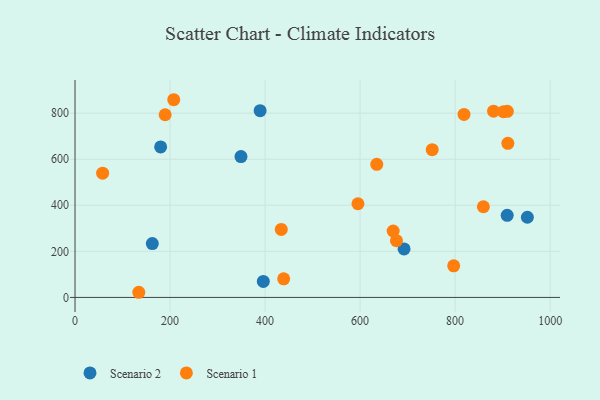
{"axis": {"x": "Study Hours", "y": "Exam Score"}, "legend": ["Scenario 1", "Scenario 2"], "data": [{"x": "180.2", "y": 653.6, "type": "Scenario 2"}, {"x": "349.3", "y": 611.6, "type": "Scenario 2"}, {"x": "692.6", "y": 210.5, "type": "Scenario 2"}, {"x": "952.1", "y": 348.2, "type": "Scenario 2"}, {"x": "389.6", "y": 810.7, "type": "Scenario 2"}, {"x": "909.6", "y": 356.6, "type": "Scenario 2"}, {"x": "162.7", "y": 234.0, "type": "Scenario 2"}, {"x": "396.3", "y": 69.4, "type": "Scenario 2"}, {"x": "881.0", "y": 808.5, "type": "Scenario 1"}, {"x": "901.8", "y": 806.1, "type": "Scenario 1"}, {"x": "859.5", "y": 393.7, "type": "Scenario 1"}, {"x": "797.0", "y": 137.2, "type": "Scenario 1"}, {"x": "595.5", "y": 406.7, "type": "Scenario 1"}, {"x": "909.9", "y": 807.9, "type": "Scenario 1"}, {"x": "434.1", "y": 295.4, "type": "Scenario 1"}, {"x": "189.7", "y": 793.1, "type": "Scenario 1"}, {"x": "911.0", "y": 668.9, "type": "Scenario 1"}, {"x": "751.8", "y": 641.6, "type": "Scenario 1"}, {"x": "669.6", "y": 288.4, "type": "Scenario 1"}, {"x": "635.1", "y": 578.0, "type": "Scenario 1"}, {"x": "676.6", "y": 246.5, "type": "Scenario 1"}, {"x": "818.7", "y": 794.5, "type": "Scenario 1"}, {"x": "134.2", "y": 22.4, "type": "Scenario 1"}, {"x": "58.1", "y": 539.6, "type": "Scenario 1"}, {"x": "207.8", "y": 858.3, "type": "Scenario 1"}, {"x": "439.2", "y": 80.8, "type": "Scenario 1"}]}